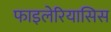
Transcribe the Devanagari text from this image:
फाइलेरियासिस